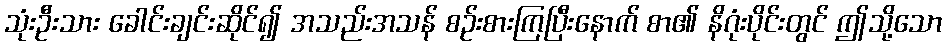
သုံးဦးသား ခေါင်းချင်းဆိုင်၍ အသည်းအသန် စဉ်းစားကြပြီးနောက် စာ၏ နိဂုံးပိုင်းတွင် ဤသို့သော